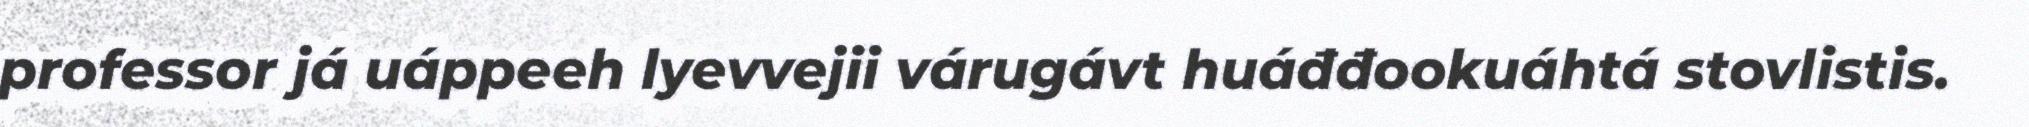
professor já uáppeeh lyevvejii várugávt huáđđookuáhtá stovlistis.